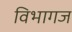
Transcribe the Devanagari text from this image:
विभागज